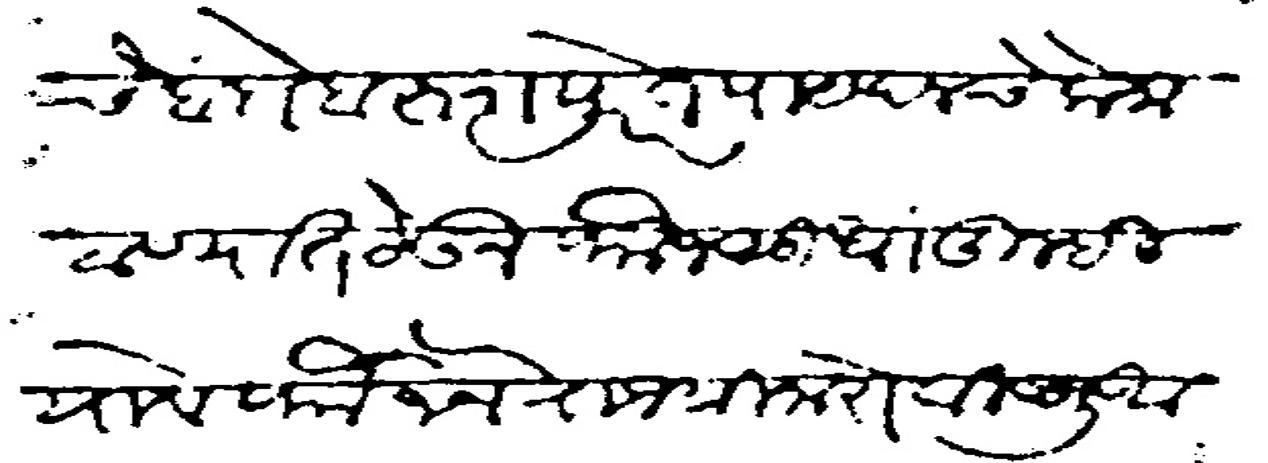
Transliteration (Devanagari): ठाण्याचे बंदोबस्तापुरते पायदलचे लोक ठाण्यात ठेऊन फौजसुधा तुम्ही यावे फौजे ने राजश्री नारो विष्णु आपटे